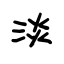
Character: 淡